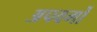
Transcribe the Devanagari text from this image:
अपवर्गो